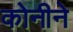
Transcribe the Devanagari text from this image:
कोनीने